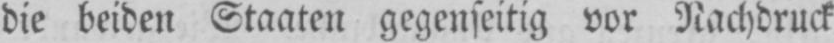
die beiden Staaten gegenseitig vor Nachdruck